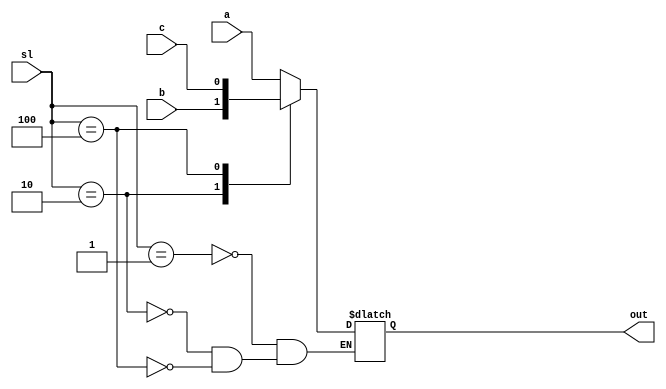
module mux3_1a (
    input  wire [2:0] sl,
    input  wire a,
    input  wire b,
    input  wire c,
    output reg out 
);

always @(*) begin
    case (sl)
        3'b001 : out = a;
        3'b010 : out = b;
        3'b100 : out = c; 
    endcase
end

endmodule //mux3_1a